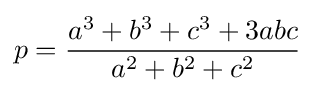
p={\frac {a^{3}+b^{3}+c^{3}+3abc}{a^{2}+b^{2}+c^{2}}}